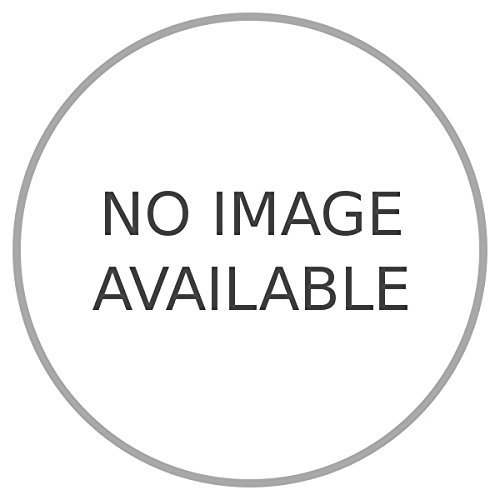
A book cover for Tahiti, isola facile.; ROVER Maurice -; Travel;